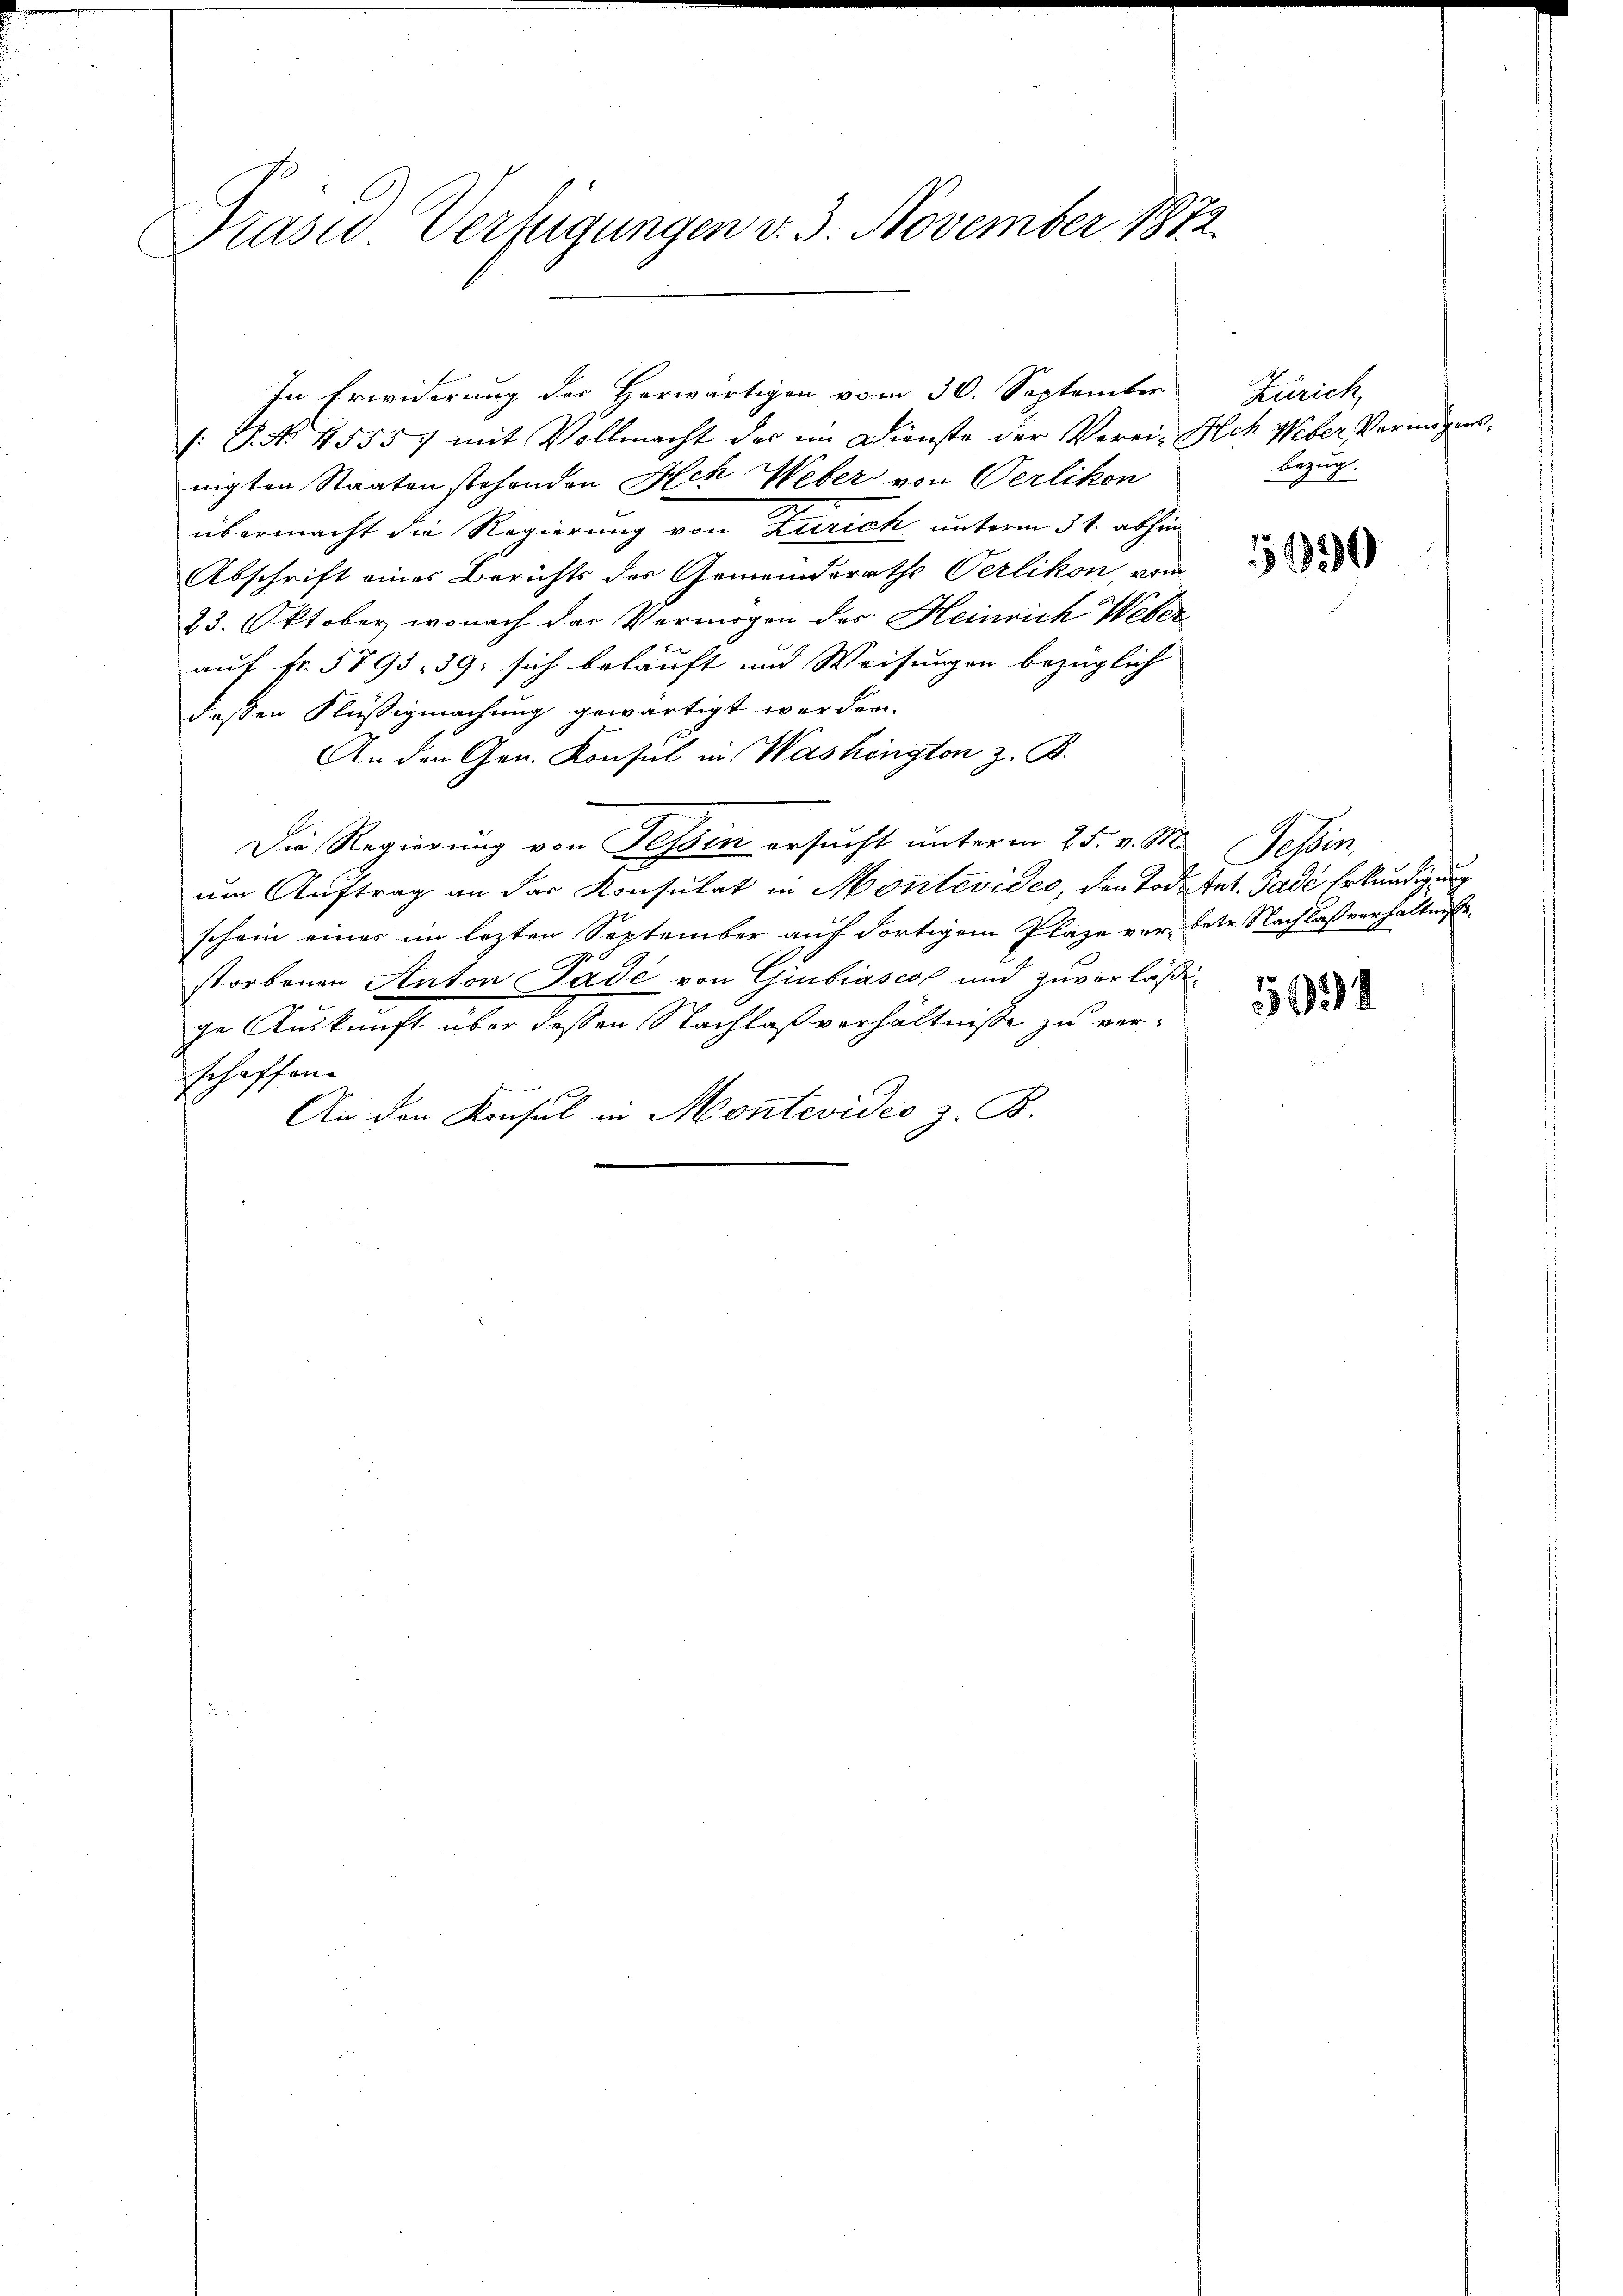
Prasus Verfügungen v. 3. November 1872.

In Erwiderung der Herwärtigen vom 30. September
(: P. Nr. 45557 mit Vollmacht der im Dienste der Verei- Ach Weber Vermögensnigten Staaten stehenden Ach Weber von Oerlikon
übermacht die Regierung von Zürich unterm 31. abhin
Abschrift eines Berichts des Gemeindsraths Verlikon, vom
23. Oktober, wonach das Vermögen des Heinrich Weber
auf Fr. 5893, 39: sich beläuft und Weisungen bezüglich
dessen Flüßigmachung gewärtigt werden.
An den Gen. Konsul in Washington z. B.
Die Regierung von Tessin ersucht unterm 25. v. M. Tessin,
um Auftrag an der Konsulat in Montevideo, den Todestet. Gade Erkundigung
schein eines im lezten September auf dortigem Plage ver- betr. Nachlaßverhältnisse
A.
storbenen Anton Gade von Giubiasco und zuverläßige Auskunft über dessen Nachlaß verhältniße zu verschaffen
An den Konsul in Montevideo z. B.

Zürich
bezug.

130

.